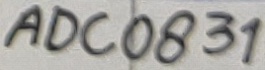
Text: ADC0831